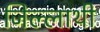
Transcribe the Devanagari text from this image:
जिल्लाथी